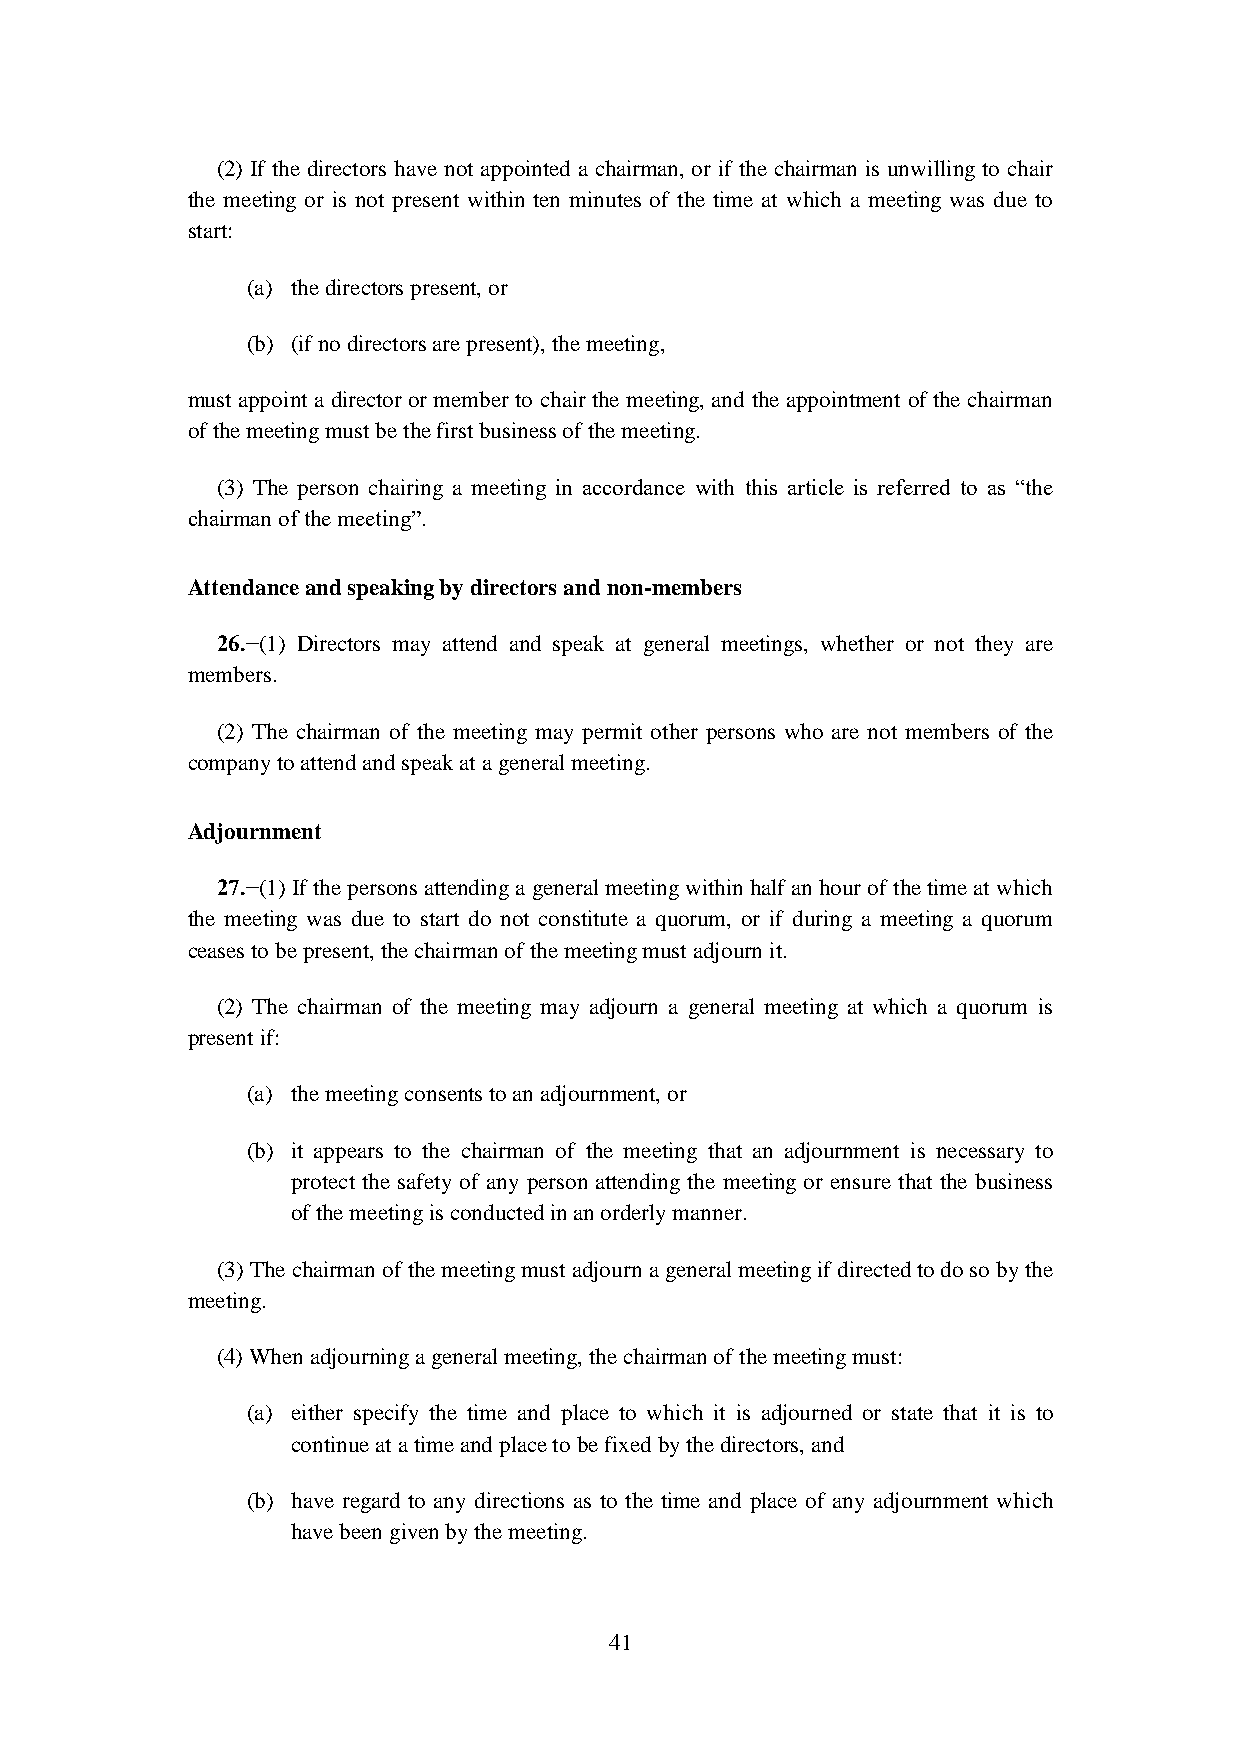
(2) If the directors have not appointed a chairman, or if the chairman is unwilling to chair
 the meeting or is not present within ten minutes of the time at which a meeting was due to
 start:
 (a) the directors present, or
 (b) (if no directors are present), the meeting,
 must appoint a director or member to chair the meeting, and the appointment of the chairman
 of the meeting must be the first business of the meeting.
 (3) The person chairing a meeting in accordance with this article is referred to as “the
 chairman of the meeting”.
 Attendance and speaking by directors and non-members
 26.−(1) Directors may attend and speak at general meetings, whether or not they are
 members.
 (2) The chairman of the meeting may permit other persons who are not members of the
 company to attend and speak at a general meeting.
 Adjournment
 27.−(1) If the persons attending a general meeting within half an hour of the time at which
 the meeting was due to start do not constitute a quorum, or if during a meeting a quorum
 ceases to be present, the chairman of the meeting must adjourn it.
 (2) The chairman of the meeting may adjourn a general meeting at which a quorum is
 present if:
 (a) the meeting consents to an adjournment, or
 (b) it appears to the chairman of the meeting that an adjournment is necessary to
 protect the safety of any person attending the meeting or ensure that the business
 of the meeting is conducted in an orderly manner.
 (3) The chairman of the meeting must adjourn a general meeting if directed to do so by the
 meeting.
 (4) When adjourning a general meeting, the chairman of the meeting must:
 (a) either specify the time and place to which it is adjourned or state that it is to
 continue at a time and place to be fixed by the directors, and
 (b) have regard to any directions as to the time and place of any adjournment which
 have been given by the meeting.
 41